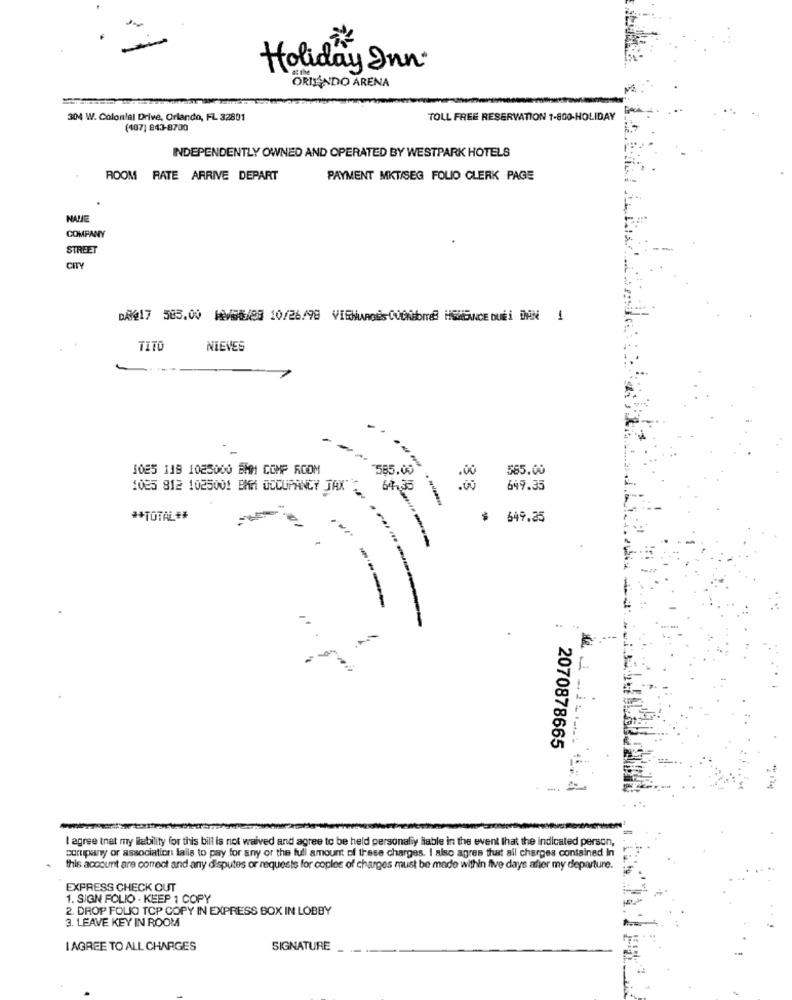
Holiday Inn.
ORINANDO ARENA
304 W. Colonial Drive, Orlando, FL 32801
TOLL FREE RESERVATION 1-800-HOLIDAY
(407) 843-8700
INDEPENDENTLY OWNED AND OPERATED BY WESTPARK HOTELS
ROOM RATE ARRIVE DEPART
PAYMENT MKT/SEG FOLIO CLERK PAGE
NAME
COMPANY
STREET
CITY
DAN@17 583.00 1/06/83 10/26/98 VIENunosCursomel HSWBANCE DU DAN 1
TITO
NIEVES
1025 118 1025000 EMM COMP ROOM
'565.00
585.00
1085 812 1025001 BMM OCCUPANCY JAX
67,35
33
649.35
** TOTAL##
$
649.25
..
2070878665
- =
I agree that my liability for this bill is not waived and agree to be held personally liable in the event that the indicated person,
porupary or association lails to pay for any of the full amount of these charges. I also agree that all charges contained In
this account are correct and any disputes or requests for coplee of charges must be made within five days after my departure.
EXPRESS CHECK OUT
1. SIGN FOLIO - KEEP 1 COPY
2. DROP FOLIO TOP COPY IN EXPRESS BOX IN LOBBY
3. LEAVE KEY IN ROOM
I AGREE TO ALL CHARGES
SIGNATURE